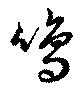
鳴